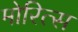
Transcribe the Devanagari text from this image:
मोरित्स